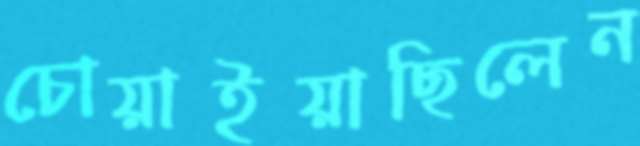
চোয়াইয়াছিলেন